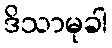
ဒိသာမုခါ